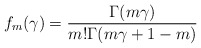
\begin{align*}f_m(\gamma) = \frac{\Gamma(m\gamma)}{m! \Gamma (m\gamma +1 -m)}\end{align*}